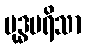
ဗုဒ္ဓပရိသာ